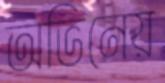
অভিনেয়